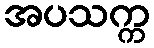
အပသက္က